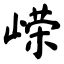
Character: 嵘